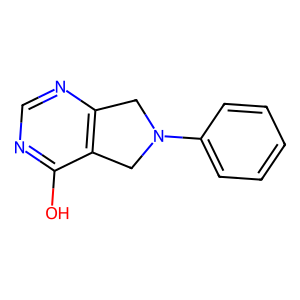
SMILES: Oc1ncnc2c1CN(c1ccccc1)C2
Inhibits HIV replication: No